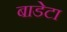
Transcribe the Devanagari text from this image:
बाडेटा